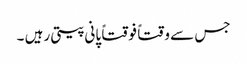
جس سے وقتاً فوقتاً پانی پیتی رہیں ۔